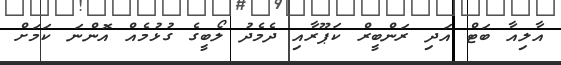
އާލިއާ ބަޓް އަދި ރަންބީރް ކަޕޫރާއި ދެމެދު ލޯބީގެ ގުޅުމެއް އޮންނަ ކަމަށް